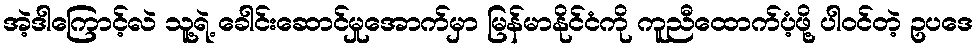
အဲ့ဒါကြောင့်လဲ သူ့ရဲ့ ခေါင်းဆောင်မှုအောက်မှာ မြန်မာနိုင်ငံကို ကူညီထောက်ပံ့ဖို့ ပါဝင်တဲ့ ဥပဒေ